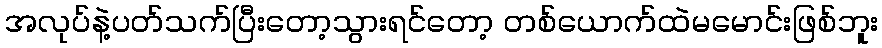
အလုပ်နဲ့ပတ်သက်ပြီးတော့သွားရင်တော့ တစ်ယောက်ထဲမမောင်းဖြစ်ဘူး